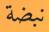
نبضة